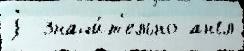
j  значи́т'ельно англ